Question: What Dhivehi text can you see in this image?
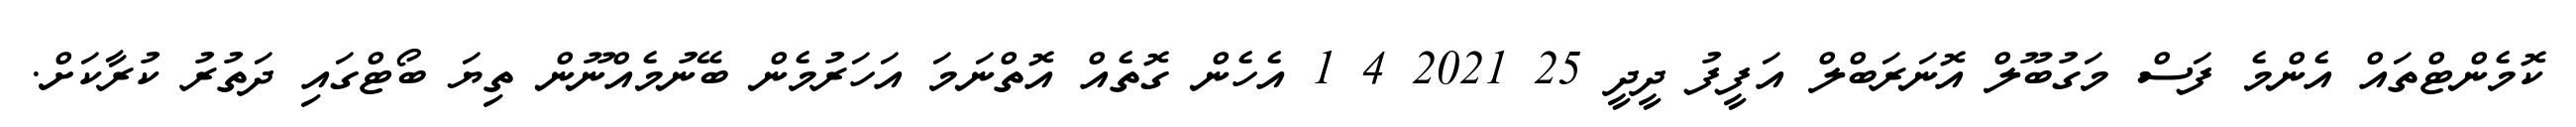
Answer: ކޮމެންޓްތައް އެންމެ ފަސް މަގުބޫލް އޮނަރަބްލް އަފީފު ދީދީ 25 2021 4 1 އެހެން ގޮތެއް އޮތްނަމަ އަހަރުމެން ބޭނުމެއްނޫން ތިޔަ ބޯޓްގައި ދަތުރު ކުރާކަށް.